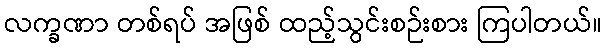
လက္ခဏာ တစ်ရပ် အဖြစ် ထည့်သွင်းစဉ်းစား ကြပါတယ်။